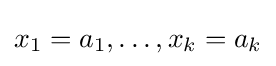
x_{1}=a_{1},\dots ,x_{k}=a_{k}